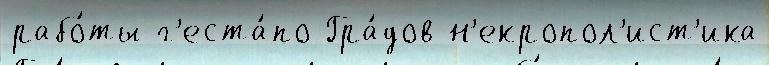
рабо́ты г'еста́по Гра́дов н'екропол'ист'ика